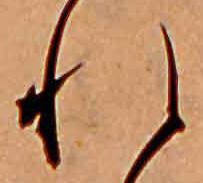
れ